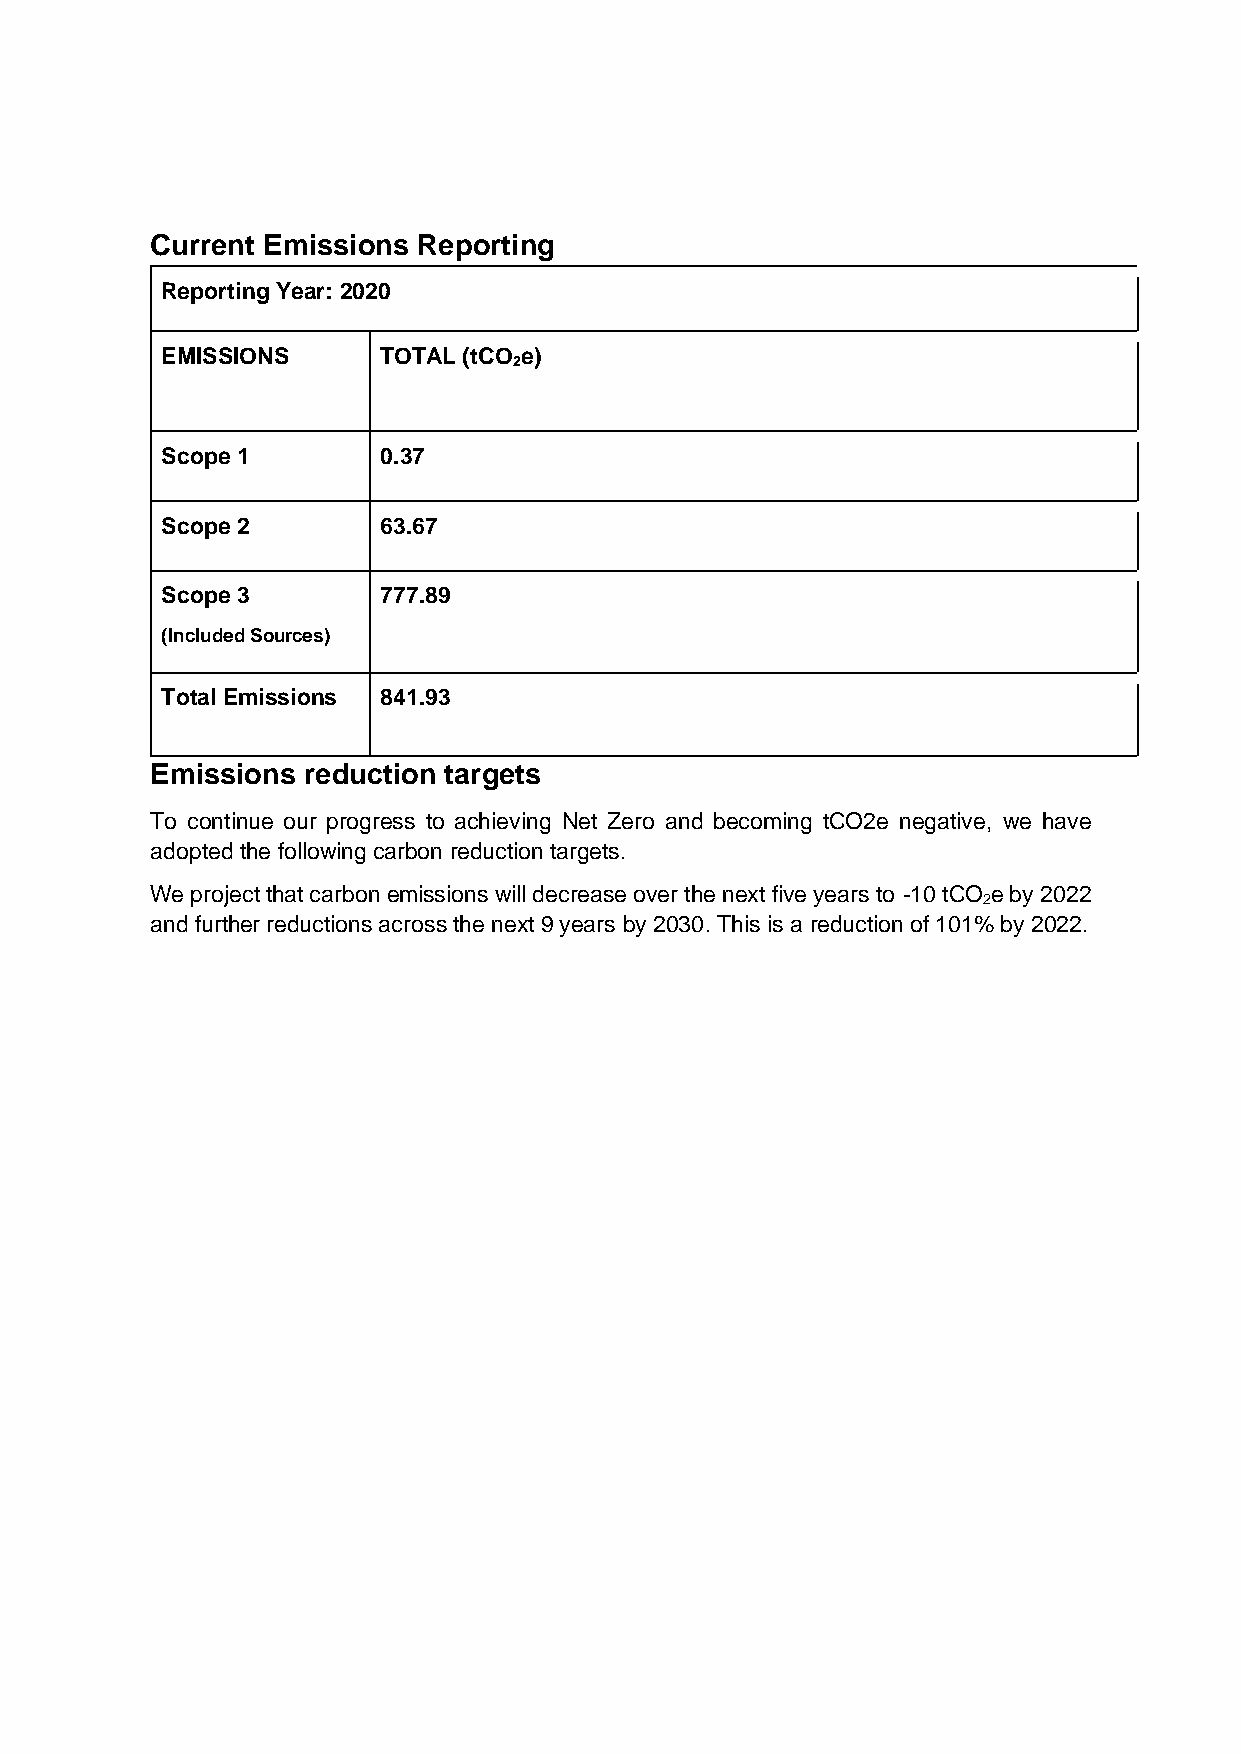
Current Emissions Reporting
 Reporting Year: 2020
 EMISSIONS     TOTAL (tCO e)
 2
 Scope 1       0.37
 Scope 2       63.67
 Scope 3       777.89
 (Included Sources)
 Total Emissions 841.93
 Emissions reduction targets
 To continue our progress to achieving Net Zero and becoming tCO2e negative, we have
 adopted the following carbon reduction targets.
 We project that carbon emissions will decrease over the next five years to -10 tCO e by 2022
 2
 and further reductions across the next 9 years by 2030. This is a reduction of 101% by 2022.